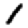
Digit: 1